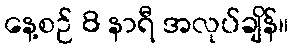
နေ့စဉ် 8 နာရီ အလုပ်ချိန်။